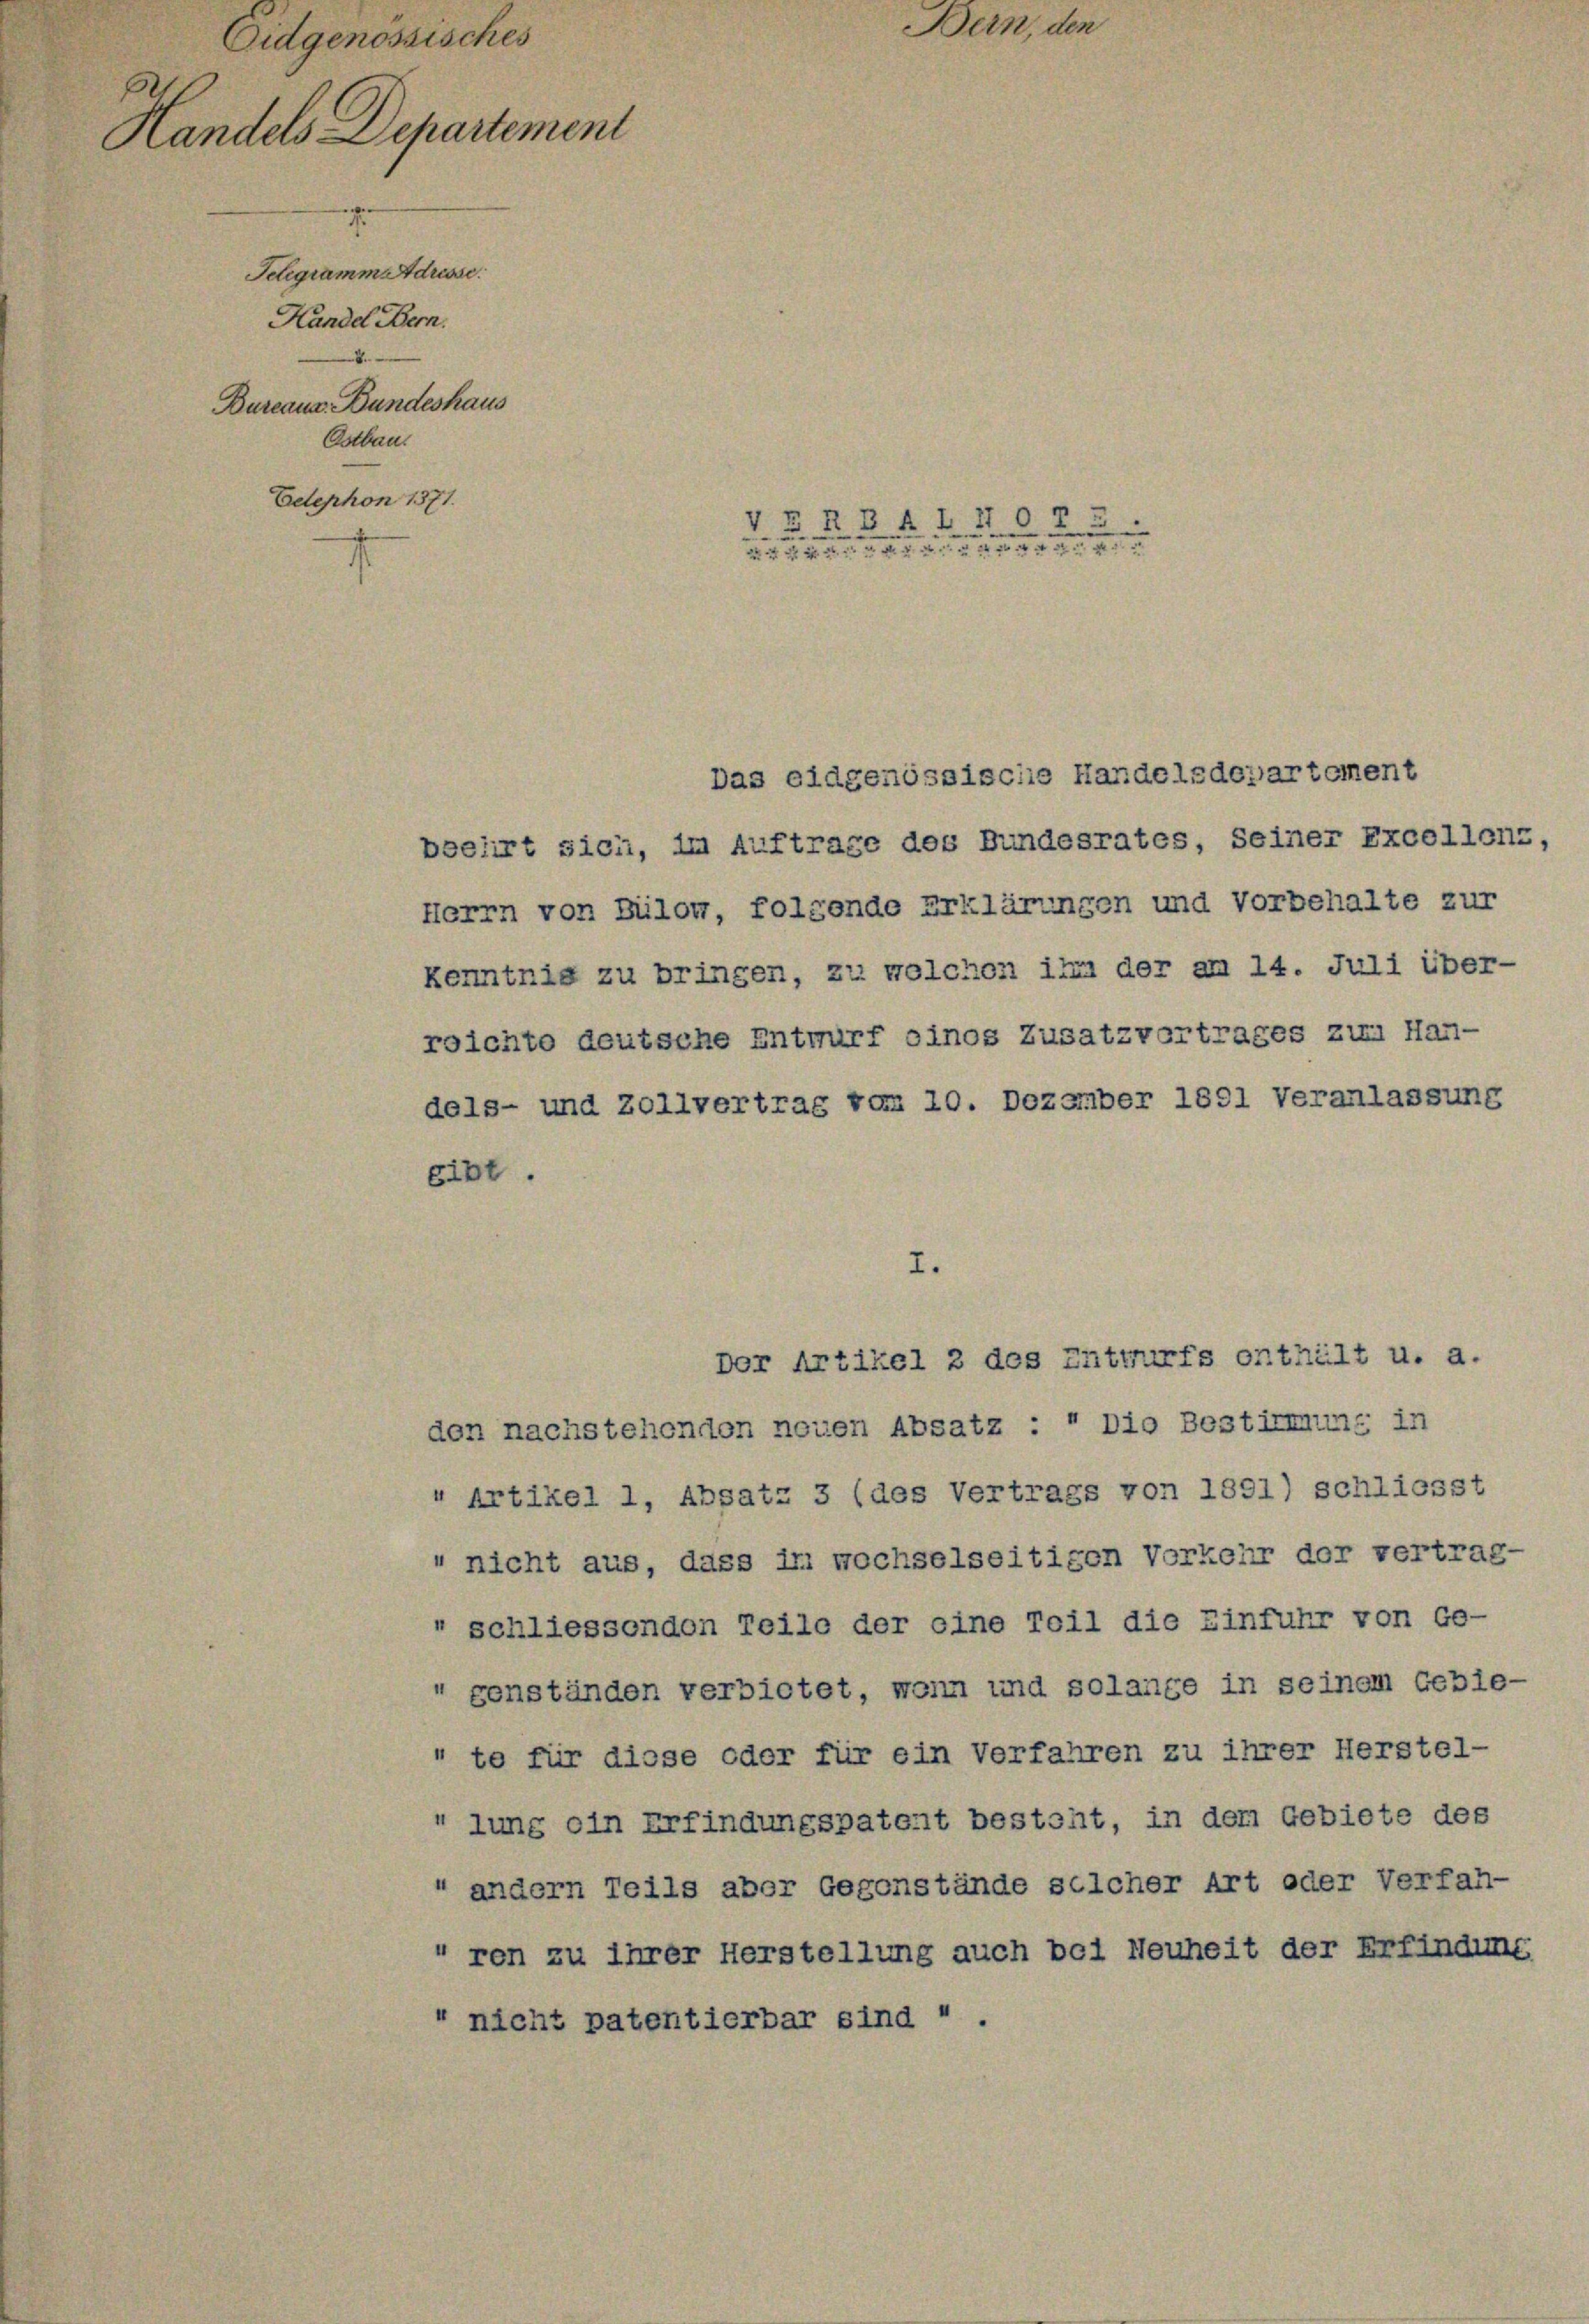
Eidgenössisches
Handels Departement
Telegramm Adresse.
Handel Bern.
.
Bureau. Bundeshaus
Ostbau
Edephon 1371.

eibt.

VERBAI Nor

Herrn von Bilow, folgende Erklärungen und Vorbehalte zur
kenntnis zu bringen, zu wolchen ihm der am 14. Juli über-
reichte deutsche Entwurf oinos Zusatzvortrages zu Han-
dels- und Zollvertrag vom 10. Dezember 1891 Veranlassung

|
e

" nicht aus, dass in wochselseitigen Vorkehr der vertrag-
" schliessenden Teile der eine Toil die Einfuhr von Ge-
genständen verbietet, wenn und solange in seinem Gebie-
"te für diese oder für ein Verfahren zu ihrer Herstel-
 lung ein Erfindungspatent besteht, in dem Gebiete des
" andern Teils aber Gegenstände selcher Art oder Verfah-
ren zu ihrer Herstellung auch bei Neuheit der Erfindung
nicht patentierbar sind » .

Bern, den

Das eidgenössische Handelsdepartement

bselirt sich, im Auftrage des Bundesrates, seiner Excellenz,

I.
Der Artikel 2 des Entwurfs enthält u. a.
den nachstehenden neuen Absatz : " Dio Bestimmung in
“ Artikel 1, Absatz 3 (des Vertrags von 1891) schliesst